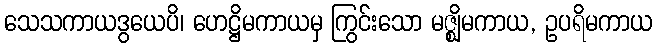
သေသကာယဒွယေပိ၊ ဟေဋ္ဌိမကာယမှ ကြွင်းသော မဇ္ဈိမကာယ, ဥပရိမကာယ